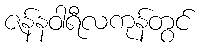
ဇန်နဝါရီလကုန်တွင်